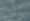
ببداية